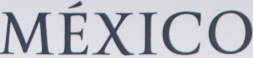
MEXICO